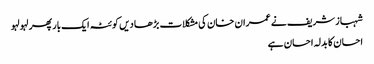
شہباز شریف نے عمران خان کی مشکلات بڑھا دیں	 کوئٹہ ایک بار پھر لہو لہو
احسان کا بدلہ احسان ہے